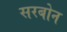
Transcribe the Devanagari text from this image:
सरबोन